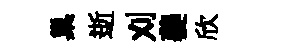
巢逝刈夔欣